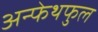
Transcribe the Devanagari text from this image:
अन्फेथफुल